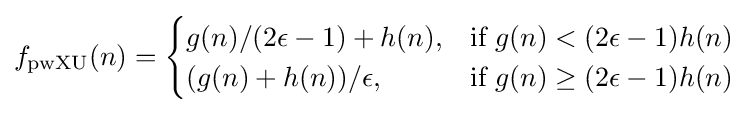
f_{\text{pwXU}}(n)={\begin{cases}g(n)/(2\epsilon -1)+h(n),&{\text{if }}g(n)<(2\epsilon -1)h(n)\\(g(n)+h(n))/\epsilon ,&{\text{if }}g(n)\geq (2\epsilon -1)h(n)\end{cases}}